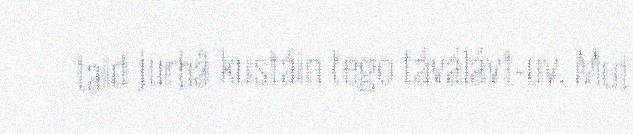
taid jurbâ kustáin tego táválávt-uv. Mut